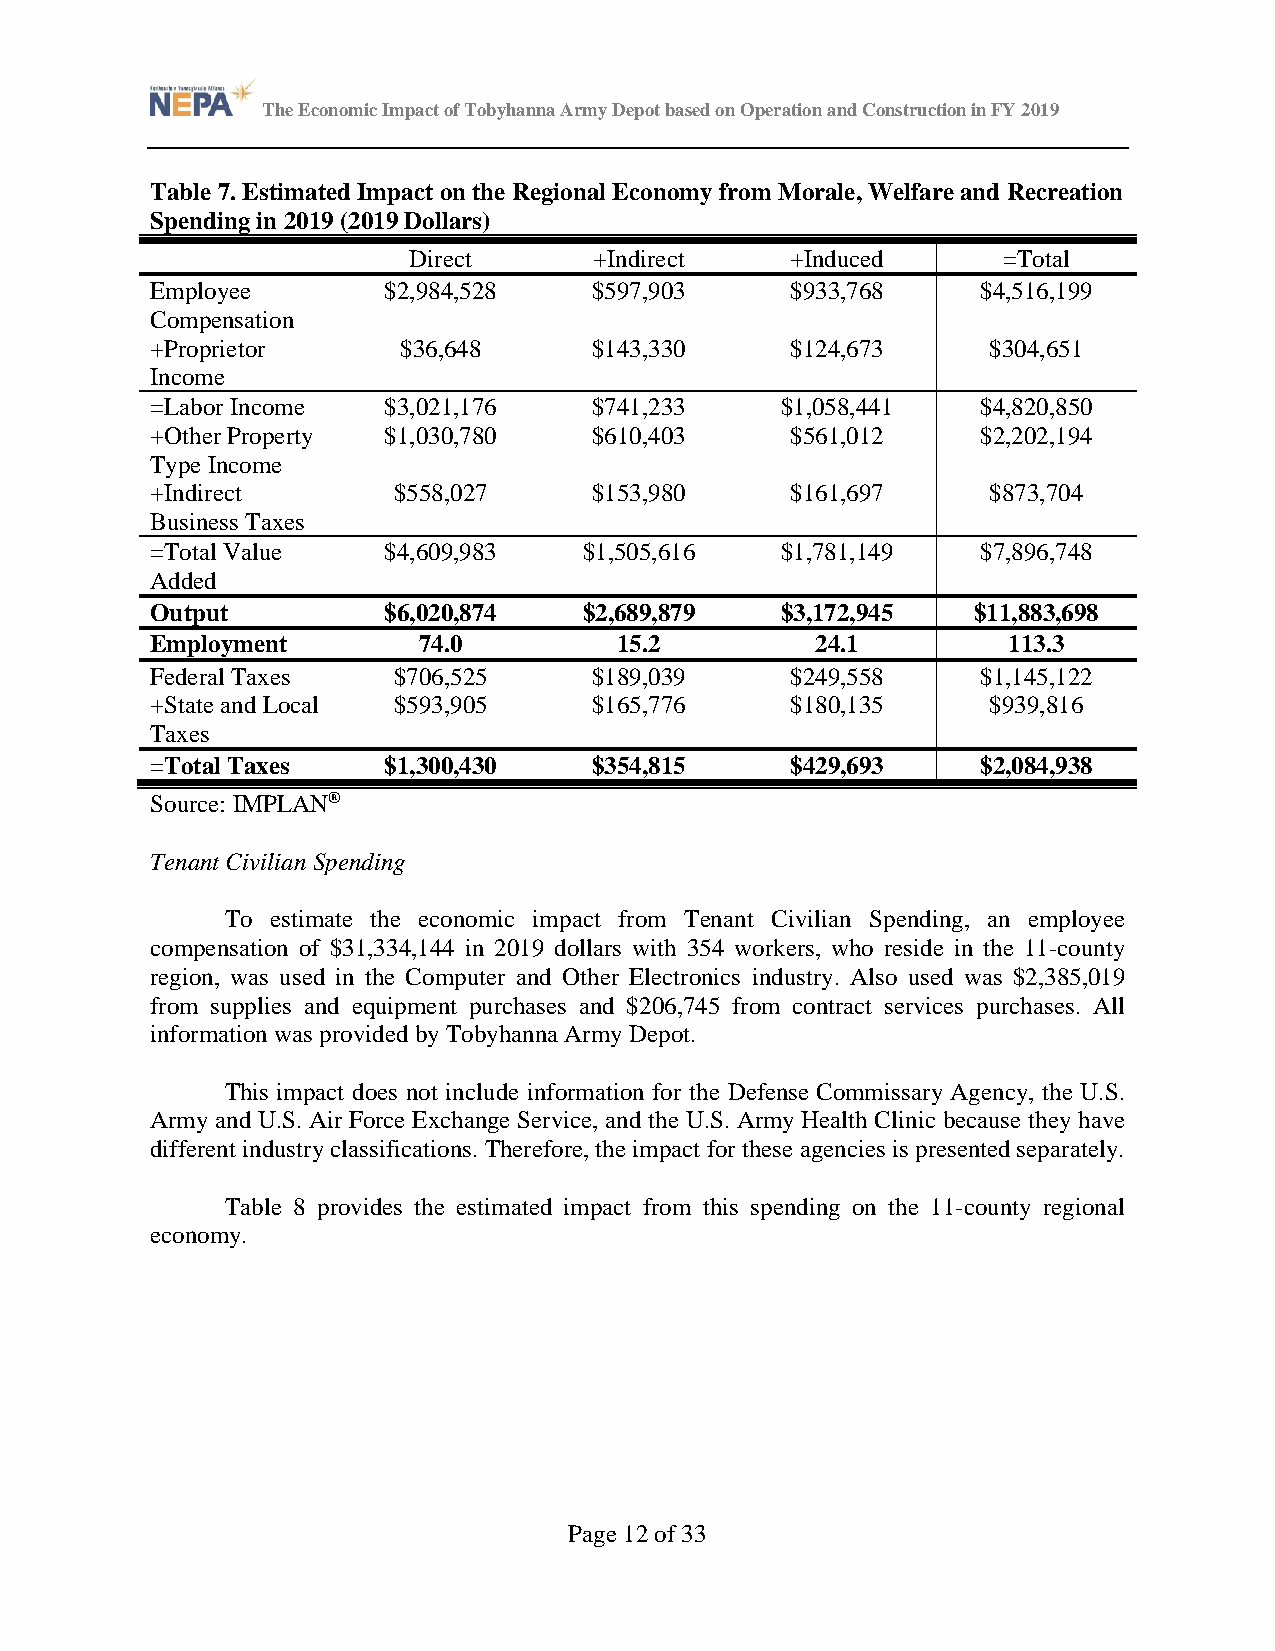
The Economic Impact of Tobyhanna Army Depot based on Operation and Construction in FY 2019
 Table 7. Estimated Impact on the Regional Economy from Morale, Welfare and Recreation
 Spending in 2019 (2019 Dollars)
 Direct      +Indirect    +Induced      =Total
 Employee       $2,984,528    $597,903     $933,768     $4,516,199
 Compensation
 +Proprietor     $36,648      $143,330     $124,673      $304,651
 Income
 =Labor Income  $3,021,176    $741,233     $1,058,441   $4,820,850
 +Other Property $1,030,780   $610,403     $561,012     $2,202,194
 Type Income
 +Indirect       $558,027     $153,980     $161,697      $873,704
 Business Taxes
 =Total Value   $4,609,983    $1,505,616   $1,781,149   $7,896,748
 Added
 Output         $6,020,874    $2,689,879   $3,172,945  $11,883,698
 Employment        74.0         15.2         24.1         113.3
 Federal Taxes   $706,525     $189,039     $249,558     $1,145,122
 +State and Local $593,905    $165,776     $180,135      $939,816
 Taxes
 =Total Taxes   $1,300,430    $354,815     $429,693     $2,084,938
 Source: IMPLAN®
 Tenant Civilian Spending
 To estimate the economic impact from Tenant Civilian Spending, an employee
 compensation of $31,334,144 in 2019 dollars with 354 workers, who reside in the 11-county
 region, was used in the Computer and Other Electronics industry. Also used was $2,385,019
 from supplies and equipment purchases and $206,745 from contract services purchases. All
 information was provided by Tobyhanna Army Depot.
 This impact does not include information for the Defense Commissary Agency, the U.S.
 Army and U.S. Air Force Exchange Service, and the U.S. Army Health Clinic because they have
 different industry classifications. Therefore, the impact for these agencies is presented separately.
 Table 8 provides the estimated impact from this spending on the 11-county regional
 economy.
 Page 12 of 33